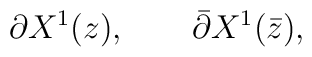
\partial X^{1}(z), \qquad \bar\partial X^{1}(\bar z),